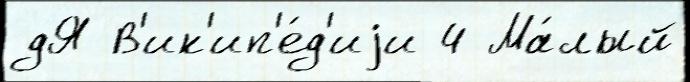
дЯ В'ик'ип'е́д'иjи 4 Ма́лый